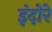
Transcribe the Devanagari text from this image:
इंदोरे